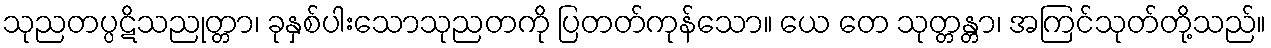
သုညတပ္ပဋိသညုတ္တာ၊ ခုနှစ်ပါးသောသုညတကို ပြတတ်ကုန်သော။ ယေ တေ သုတ္တန္တာ၊ အကြင်သုတ်တို့သည်။